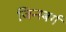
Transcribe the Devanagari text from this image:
जिन्स्बर्ग